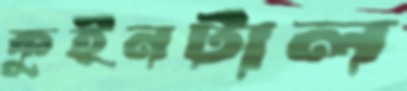
কুইনটাল